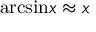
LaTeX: { \mathrm { a r c s i n } } x \approx x